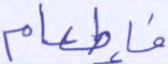
فإطعام